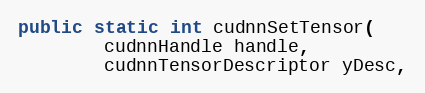
Language: Java
public static int cudnnSetTensor(
        cudnnHandle handle,
        cudnnTensorDescriptor yDesc,